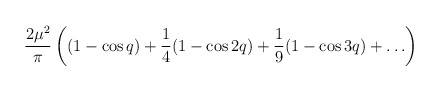
\begin{align*}\frac{2\mu^2}{\pi}\left((1-\cos q)+\frac{1}{4}(1-\cos 2q)+\frac{1}{9}(1-\cos 3q)+\ldots\right)\end{align*}